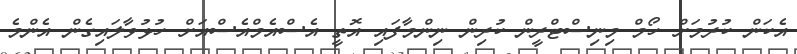
އެކަން ކުރުމަށް ހޯމް މިނިސްޓްރީން ކުރިން ނިންމާފައި އޮތީ އެސްއެމްއެސްއަށް ހުޅުވާލައިގެން އެންމެ